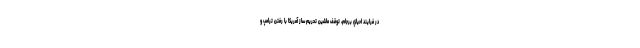
در فرايند احياي برجام، توقف ماشين تحريم ساز آمريكا با رفتن ترامپ و